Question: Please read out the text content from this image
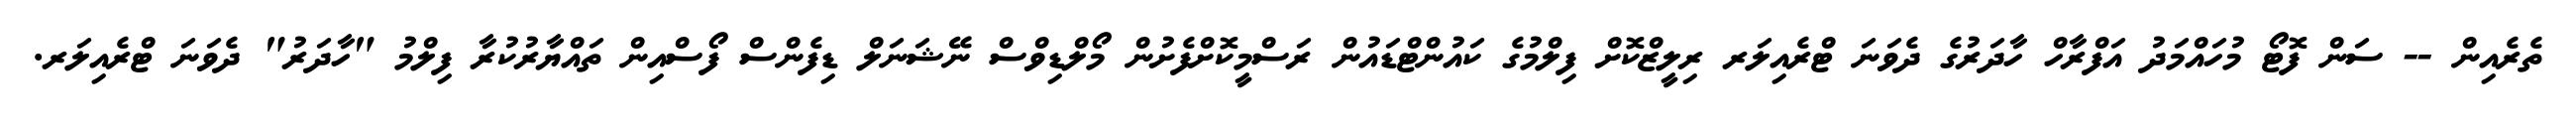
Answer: ތެރެއިން -- ސަން ފޮޓޯ މުހައްމަދު އަފްރާހް ހާދަރުގެ ދެވަނަ ޓްރެއިލަރ ރިލީޒްކޮށް ފިލްމުގެ ކައުންޓްޑައުން ރަސްމީކޮށްފެށުން މޯލްޑިވްސް ނޭޝަނަލް ޑިފެންސް ފޯސްއިން ތައްޔާރުކުރާ ފިލްމު "ހާދަރު" ދެވަނަ ޓްރެއިލަރ.